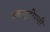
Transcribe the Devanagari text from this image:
डब्ल्यूटीएची